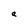
Character: a